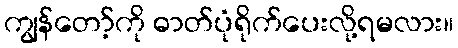
ကျွန်တော့်ကို ဓာတ်ပုံရိုက်ပေးလို့ရမလား။